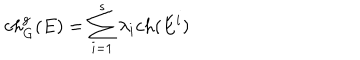
c h _ { G } ^ { g } ( E ) = \sum _ { i = 1 } ^ { s } \lambda _ { i } c h ( E ^ { i } )